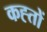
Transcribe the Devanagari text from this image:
कह्तों